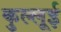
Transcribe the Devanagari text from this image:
कुल्लूई